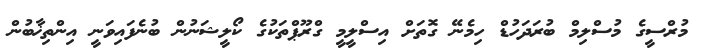
މުރްސީގެ މުސްލިމް ބުރަދަހުޑް ހިމެނޭ ގޮތަށް އިސްލީމީ ގްރޫޕްތަކުގެ ކޯލީޝަނުން ބުނެފައިވަނީ އިންތިޚާބުން